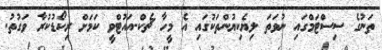
ތަނުގެ ސިސްޓަމްގައި ނުވަތަ ލިޔެކިޔުންތަކުގައި އެ މީހާ ޗެކް-އައުޓްވީ ކަމަށް ރިކޯޑުކުރާ ވަގުތު.